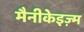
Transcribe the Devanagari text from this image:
मैनीकेइज़्म